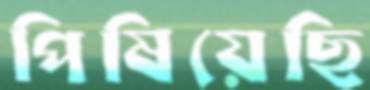
পিষিয়েছি